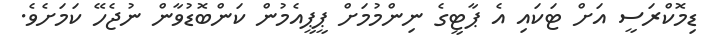
ޑިމޮކްރަސީ އަށް ޓަކައި އެ ޕާޓީގެ ނިންމުމަށް ޕީޕީއެމުން ކަންބޮޑުވާން ނުޖެހޭ ކަމަށެވެ.